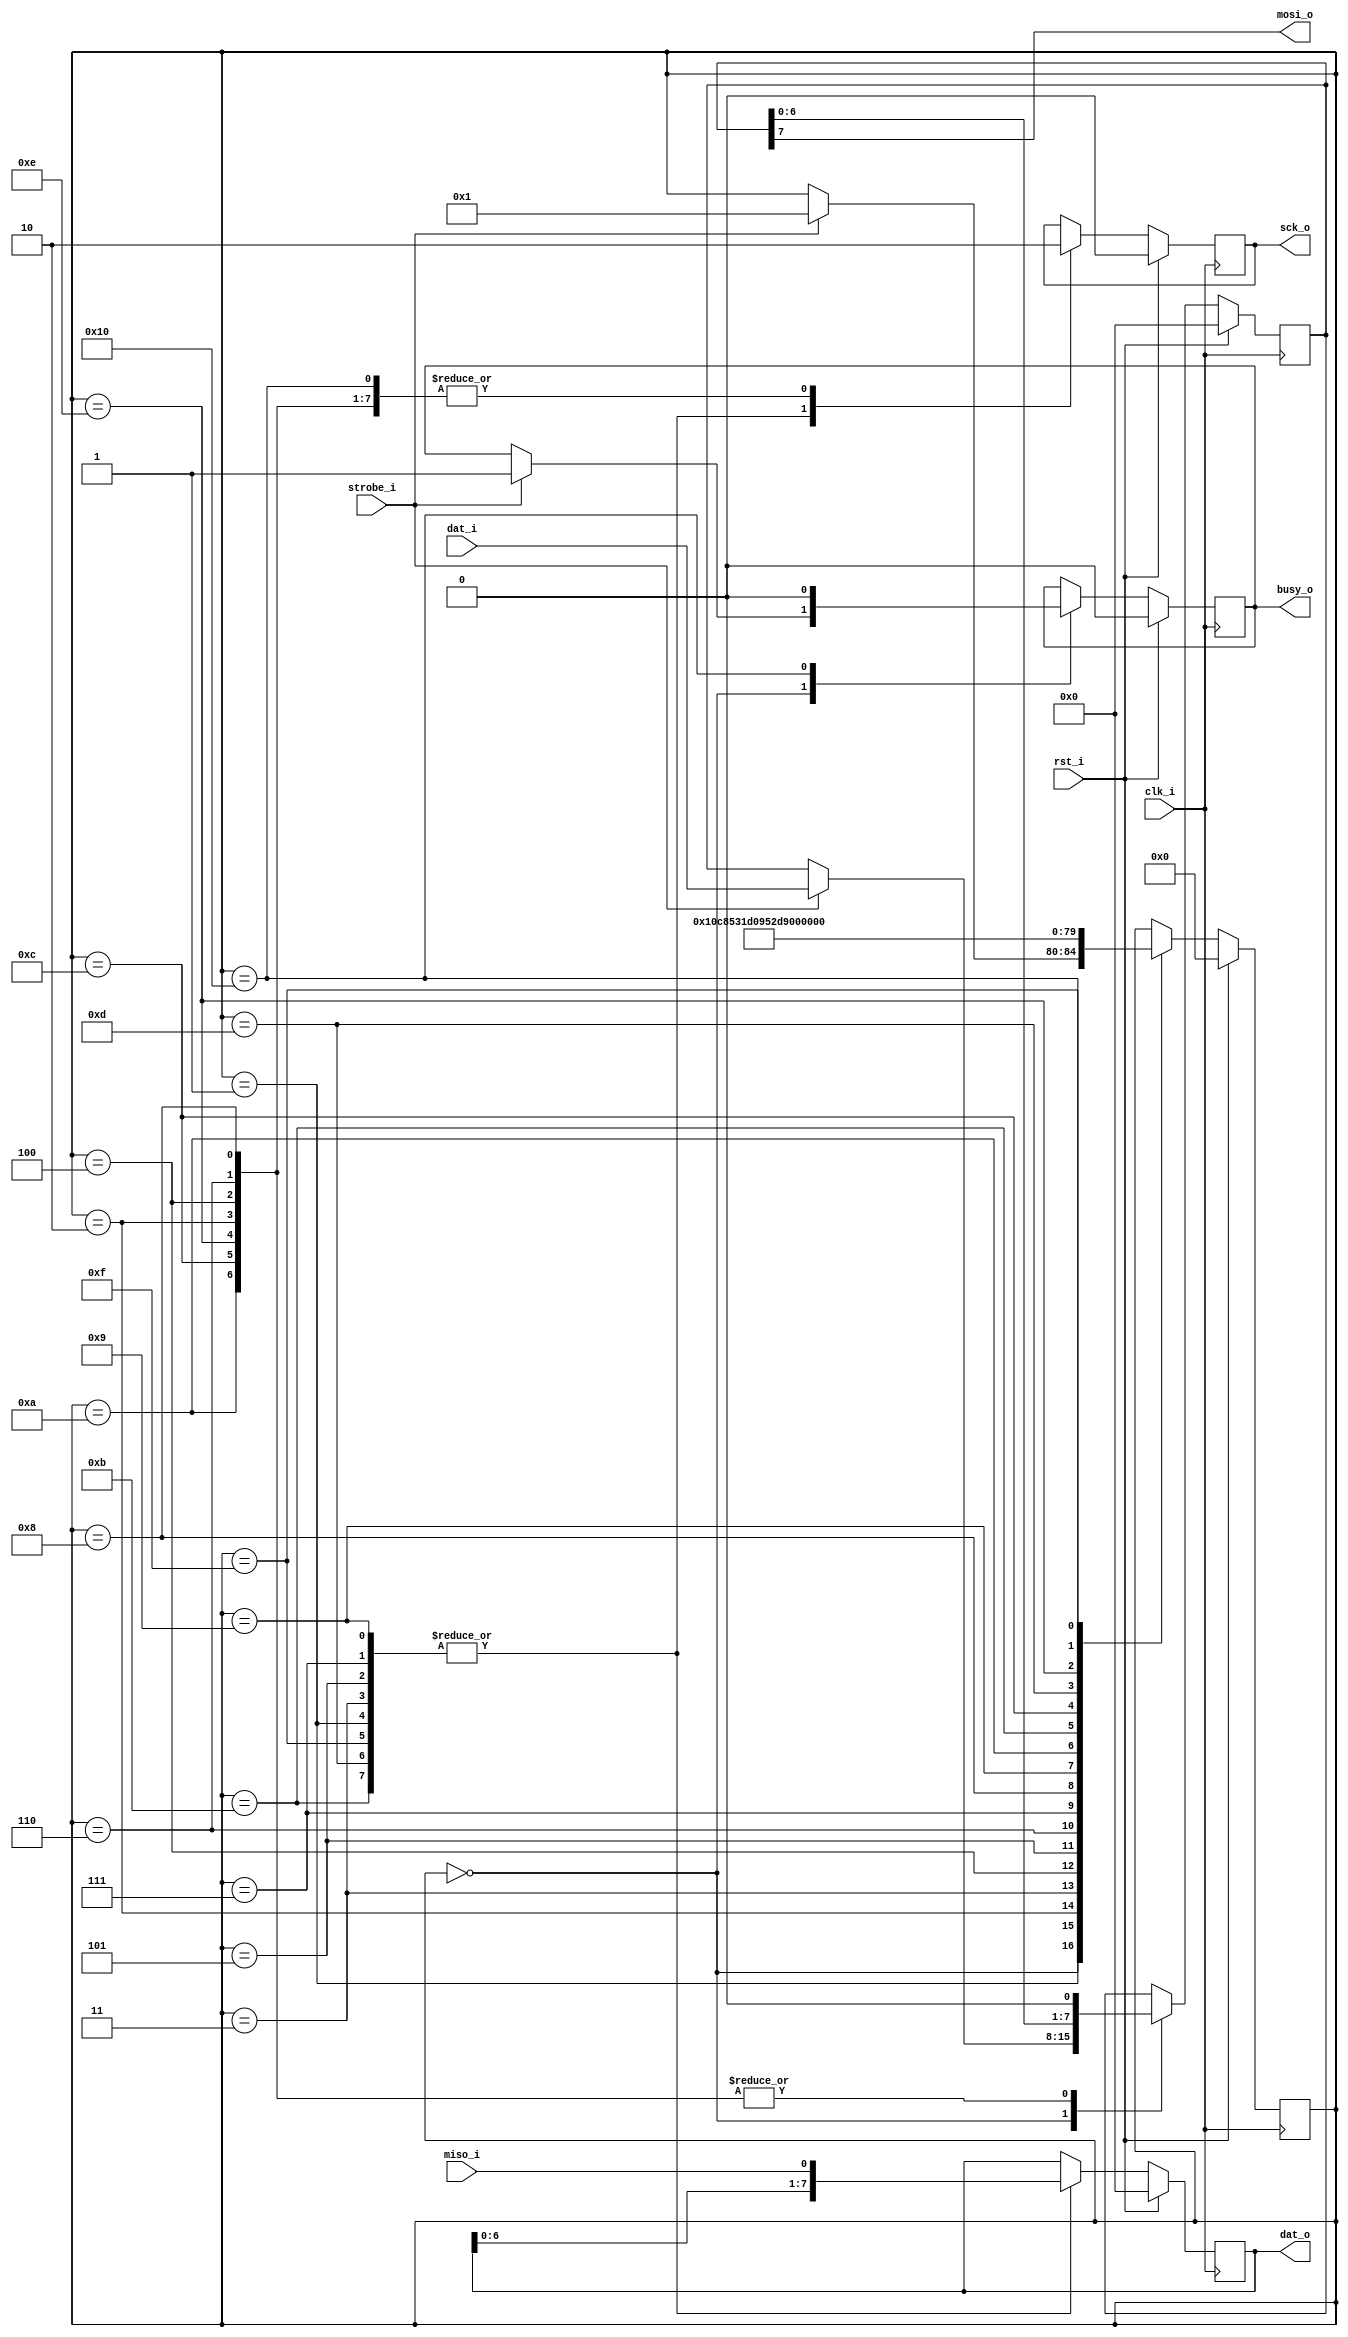
module disk_controller_spi (
    input        clk_i,
    input        rst_i,

    output reg   sck_o,
    output       mosi_o,
    input        miso_i,

    input  [7:0] dat_i,
    output [7:0] dat_o,

    input        strobe_i,
    output reg   busy_o
);

    `define DISK_CONTROLLER_SPI_STATE_IDLE  5'b00000
    `define DISK_CONTROLLER_SPI_STATE_DWELL 5'b00001
    `define DISK_CONTROLLER_SPI_STATE_HIGH0 5'b00010
    `define DISK_CONTROLLER_SPI_STATE_LOW0  5'b00011
    `define DISK_CONTROLLER_SPI_STATE_HIGH1 5'b00100
    `define DISK_CONTROLLER_SPI_STATE_LOW1  5'b00101
    `define DISK_CONTROLLER_SPI_STATE_HIGH2 5'b00110
    `define DISK_CONTROLLER_SPI_STATE_LOW2  5'b00111
    `define DISK_CONTROLLER_SPI_STATE_HIGH3 5'b01000
    `define DISK_CONTROLLER_SPI_STATE_LOW3  5'b01001
    `define DISK_CONTROLLER_SPI_STATE_HIGH4 5'b01010
    `define DISK_CONTROLLER_SPI_STATE_LOW4  5'b01011
    `define DISK_CONTROLLER_SPI_STATE_HIGH5 5'b01100
    `define DISK_CONTROLLER_SPI_STATE_LOW5  5'b01101
    `define DISK_CONTROLLER_SPI_STATE_HIGH6 5'b01110
    `define DISK_CONTROLLER_SPI_STATE_LOW6  5'b01111
    `define DISK_CONTROLLER_SPI_STATE_HIGH7 5'b10000

    reg [7:0] tx_sr;
    reg [7:0] rx_sr;

    reg [4:0] state;

    always @ (posedge clk_i)  
        if(rst_i)
        begin
          tx_sr  <= 8'b0;
          rx_sr  <= 8'b0;
          busy_o <= 1'b0;
          sck_o  <= 1'b0;
          state  <= `DISK_CONTROLLER_SPI_STATE_IDLE;
        end  
        else
            /* verilator lint_off CASEINCOMPLETE */
            case(state)
            `DISK_CONTROLLER_SPI_STATE_IDLE:
                if(strobe_i)
                begin
                    busy_o <= 1'b1;
                    tx_sr  <= dat_i;
                    state  <= `DISK_CONTROLLER_SPI_STATE_DWELL;
                end

            `DISK_CONTROLLER_SPI_STATE_DWELL:
            begin
                sck_o <= 1'b1;
                rx_sr <= { rx_sr[6:0], miso_i };
                state <= `DISK_CONTROLLER_SPI_STATE_HIGH0;
            end

            `DISK_CONTROLLER_SPI_STATE_HIGH0:
            begin
                sck_o <= 1'b0;
                tx_sr <= { tx_sr[6:0], 1'b0 };
                state <= `DISK_CONTROLLER_SPI_STATE_LOW0;
            end

            `DISK_CONTROLLER_SPI_STATE_LOW0:
            begin
                sck_o <= 1'b1;
                rx_sr <= { rx_sr[6:0], miso_i };
                state <= `DISK_CONTROLLER_SPI_STATE_HIGH1;
            end

            `DISK_CONTROLLER_SPI_STATE_HIGH1:
            begin
                sck_o <= 1'b0;
                tx_sr <= { tx_sr[6:0], 1'b0 };
                state <= `DISK_CONTROLLER_SPI_STATE_LOW1;
            end

            `DISK_CONTROLLER_SPI_STATE_LOW1:
            begin
                sck_o <= 1'b1;
                rx_sr <= { rx_sr[6:0], miso_i };
                state <= `DISK_CONTROLLER_SPI_STATE_HIGH2;
            end

            `DISK_CONTROLLER_SPI_STATE_HIGH2:
            begin
                sck_o <= 1'b0;
                tx_sr <= { tx_sr[6:0], 1'b0 };
                state <= `DISK_CONTROLLER_SPI_STATE_LOW2;
            end

            `DISK_CONTROLLER_SPI_STATE_LOW2:
            begin
                sck_o <= 1'b1;
                rx_sr <= { rx_sr[6:0], miso_i };
                state <= `DISK_CONTROLLER_SPI_STATE_HIGH3;
            end

            `DISK_CONTROLLER_SPI_STATE_HIGH3:
            begin
                sck_o <= 1'b0;
                tx_sr <= { tx_sr[6:0], 1'b0 };
                state <= `DISK_CONTROLLER_SPI_STATE_LOW3;
            end

            `DISK_CONTROLLER_SPI_STATE_LOW3:
            begin
                sck_o <= 1'b1;
                rx_sr <= { rx_sr[6:0], miso_i };
                state <= `DISK_CONTROLLER_SPI_STATE_HIGH4;
            end

            `DISK_CONTROLLER_SPI_STATE_HIGH4:
            begin
                sck_o <= 1'b0;
                tx_sr <= { tx_sr[6:0], 1'b0 };
                state <= `DISK_CONTROLLER_SPI_STATE_LOW4;
            end

            `DISK_CONTROLLER_SPI_STATE_LOW4:
            begin
                sck_o <= 1'b1;
                rx_sr <= { rx_sr[6:0], miso_i };
                state <= `DISK_CONTROLLER_SPI_STATE_HIGH5;
            end
            
            `DISK_CONTROLLER_SPI_STATE_HIGH5:
            begin
                sck_o <= 1'b0;
                tx_sr <= { tx_sr[6:0], 1'b0 };
                state <= `DISK_CONTROLLER_SPI_STATE_LOW5;
            end

            `DISK_CONTROLLER_SPI_STATE_LOW5:
            begin
                sck_o <= 1'b1;
                rx_sr <= { rx_sr[6:0], miso_i };
                state <= `DISK_CONTROLLER_SPI_STATE_HIGH6;
            end
            
            `DISK_CONTROLLER_SPI_STATE_HIGH6:
            begin
                sck_o <= 1'b0;
                tx_sr <= { tx_sr[6:0], 1'b0 };
                state <= `DISK_CONTROLLER_SPI_STATE_LOW6;
            end

            `DISK_CONTROLLER_SPI_STATE_LOW6:
            begin
                sck_o <= 1'b1;
                rx_sr <= { rx_sr[6:0], miso_i };
                state <= `DISK_CONTROLLER_SPI_STATE_HIGH7;
            end

            `DISK_CONTROLLER_SPI_STATE_HIGH7:
            begin
                sck_o <= 1'b0;
                busy_o <= 1'b0;
                state <= `DISK_CONTROLLER_SPI_STATE_IDLE;
            end
            endcase
            /* verilator lint_on CASEINCOMPLETE */

    assign dat_o = rx_sr;
    assign mosi_o = tx_sr[7];
    
endmodule